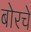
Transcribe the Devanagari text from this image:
बोरचे